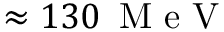
\approx 1 3 0 \, \mathrm { ~ M ~ e ~ V ~ }